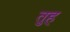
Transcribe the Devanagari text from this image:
तुह